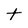
Character: t